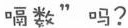
嗝数”吗?